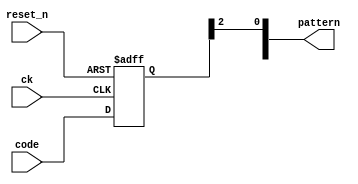
module rw_manager_dm_decoder(ck, reset_n, code, pattern);
	
	parameter AFI_RATIO 	= "";

	input ck;
	input reset_n;
	input [2:0] code;
	output [2 * AFI_RATIO - 1 : 0] pattern;

	reg [2:0] code_R;

	always @(posedge ck or negedge reset_n) begin
		if(~reset_n) begin
			code_R <= 3'b000;
		end
		else begin
			code_R <= code;
		end
	end
	
	assign pattern[0] = code_R[2];
	assign pattern[1] = code_R[1];

	generate
	if (AFI_RATIO == 2)	begin
	    assign pattern[2] = code_R[2] ^ code_R[0];
	    assign pattern[3] = code_R[1] ^ code_R[0];
	end else if (AFI_RATIO == 4) begin
	    assign pattern[2] = code_R[2] ^ code_R[0];
	    assign pattern[3] = code_R[1] ^ code_R[0];
	    assign pattern[4] = code_R[2];
	    assign pattern[5] = code_R[1];
	    assign pattern[6] = code_R[2] ^ code_R[0];
	    assign pattern[7] = code_R[1] ^ code_R[0];
	end
	endgenerate

endmodule